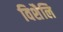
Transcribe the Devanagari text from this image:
विशैलि